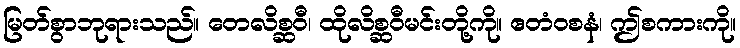
မြတ်စွာဘုရားသည်။ တေလိစ္ဆဝီ၊ ထိုလိစ္ဆဝီမင်းတို့ကို။ ဧတံဝစနံ၊ ဤစကားကို။